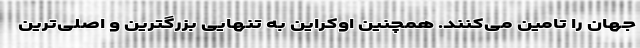
جهان را تامین می‌کنند. همچنین اوکراین به تنهایی بزرگترین و اصلی‌ترین